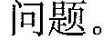
问题。